Plague in India, 1896, 1897 - Volume 2
Year: 1896
Disease focus: Plague
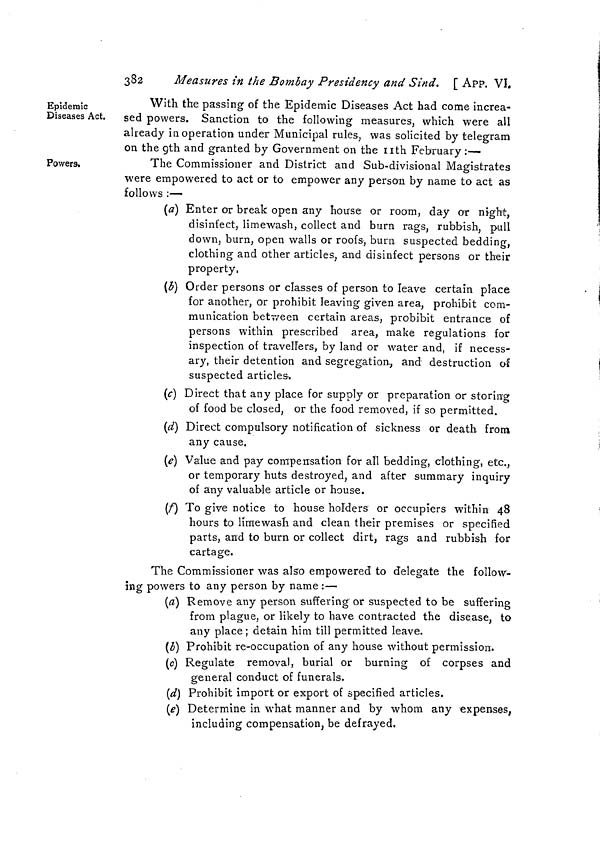
382
Measures in the Bombay Presidency and Sind. [ App. VI.
Epidemic
Diseases Act.
With the passing of the Epidemic Diseases Act had come increa-
sed powers. Sanction to the following measures, which were all
already in operation under Municipal rules, was solicited by telegram
on the gth and granted by Government on the nth February :—
Powers.
The Commissioner and District and Sub-divisional Magistrates
were empowered to act or to empower any person by name to act as
follows :—
(a) Enter or break open any house or room, day or night,
disinfect, limewash, collect and burn rags, rubbish, pull
down, burn, open walls or roofs, burn suspected bedding,
clothing and other articles, and disinfect persons or their
property,
(b) Order persons or classes of person to leave certain place
for another, or prohibit leaving given area, prohibit com-
munication between certain areas, probibit entrance of
persons within prescribed area, make regulations for
inspection of travellers, by land or water and, if necess-
ary, their detention and segregation, and destruction of
suspected articles-,
(c) Direct that any place for supply or preparation or storing
of food be closed, or the food removed, if so permitted.
(d) Direct compulsory notification of sickness or death from
any cause.
(e) Value and pay compensation for all bedding, clothing, etc.,
or temporary huts destroyed, and after summary inquiry
of any valuable article or house.
00 To give notice to house holders or occupiers within 48
hours to limewash and clean their premises or specified
parts, and to burn or collect dirt, rags and rubbish for
cartage.
The Commissioner was also empowered to delegate the follow-
jng powers to any person by name :—
(a) Remove any person suffering or suspected to be suffering
from plague, or likely to have contracted the disease, to
any place ; detain him till permitted leave.
(b) Prohibit re-occupation of any house without permission,
(e) Regulate removal, burial or burning of corpses and
general conduct of funerals.
(d) Prohibit import or export of specified articles.
(e) Determine in what manner and by whom any expenses,
including compensation, be defrayed.